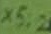
Text: X5:2